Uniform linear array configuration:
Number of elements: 24
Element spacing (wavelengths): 1
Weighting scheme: exponential
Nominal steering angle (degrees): -15
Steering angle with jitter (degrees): -15.202
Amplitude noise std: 0.05
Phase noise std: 0.05

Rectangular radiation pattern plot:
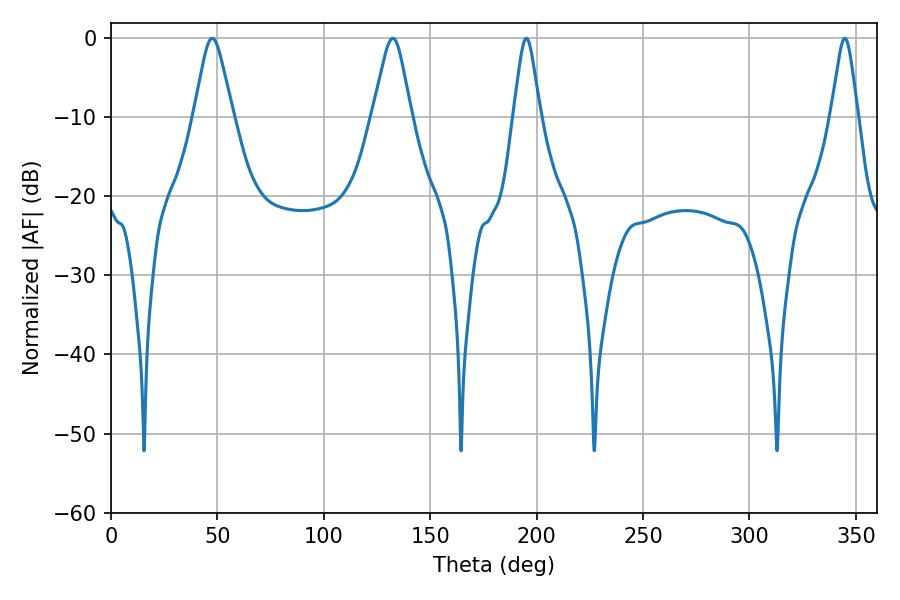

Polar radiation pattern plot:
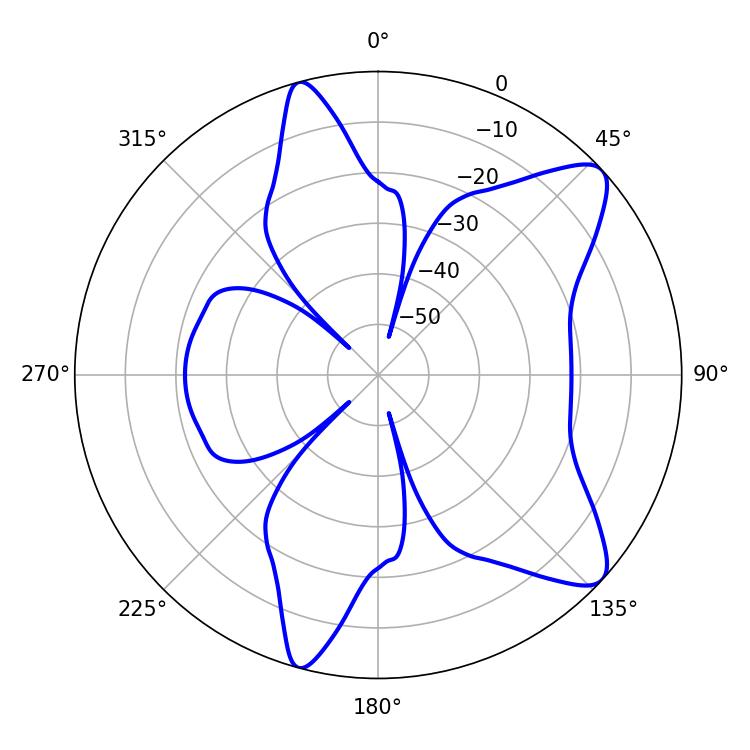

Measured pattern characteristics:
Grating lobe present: TRUE
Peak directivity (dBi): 9.881
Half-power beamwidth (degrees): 8.64
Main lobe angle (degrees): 47.52